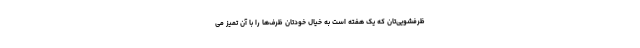
ظرفشویی‌تان که یک هفته است به خیال خودتان ظرف‌ها را با آن تمیز می